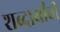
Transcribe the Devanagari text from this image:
शब्दार्थांची